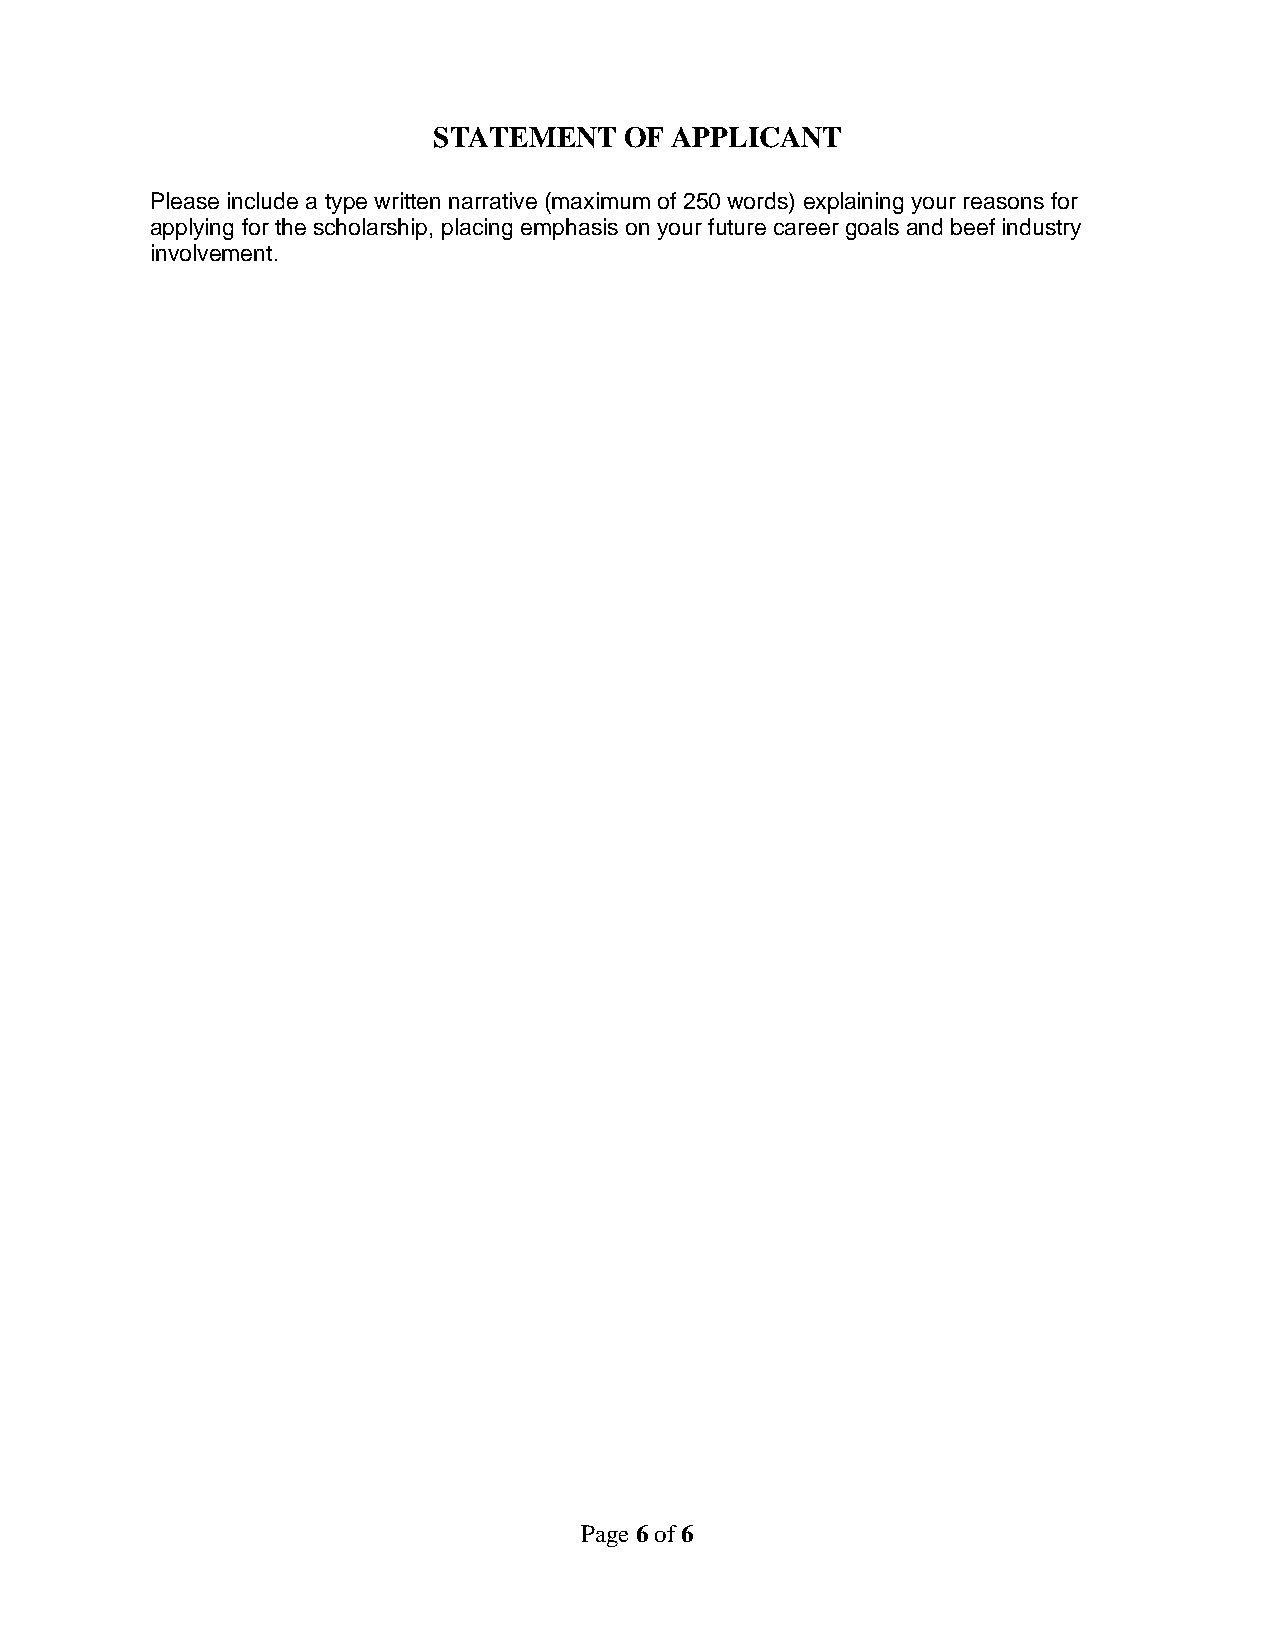
STATEMENT   OF APPLICANT
 Please include a type written narrative (maximum of 250 words) explaining your reasons for
 applying for the scholarship, placing emphasis on your future career goals and beef industry
 involvement.
 Page 6 of 6